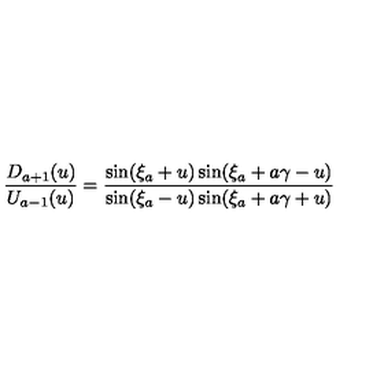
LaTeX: \frac { D _ { a + 1 } ( u ) } { U _ { a - 1 } ( u ) } = \frac { \sin ( \xi _ { a } + u ) \sin ( \xi _ { a } + a \gamma - u ) } { \sin ( \xi _ { a } - u ) \sin ( \xi _ { a } + a \gamma + u ) }